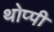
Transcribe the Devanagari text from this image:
थोप्पी